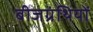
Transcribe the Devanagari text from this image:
बीजग्रंथियों